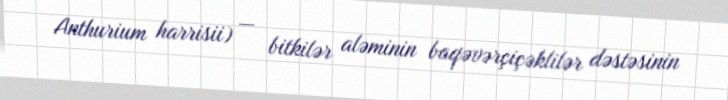
Anthurium harrisii) — bitkilər aləminin baqəvərçiçəklilər dəstəsinin